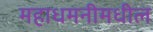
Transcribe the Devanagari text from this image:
महाधमनीमधील